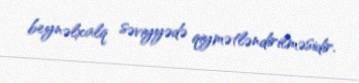
beynəlxalq səviyyədə qiymətləndirilməsidir.